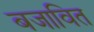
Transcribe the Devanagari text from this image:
बजावित